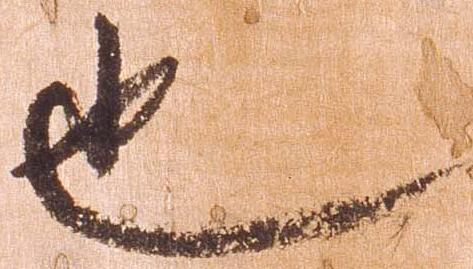
也